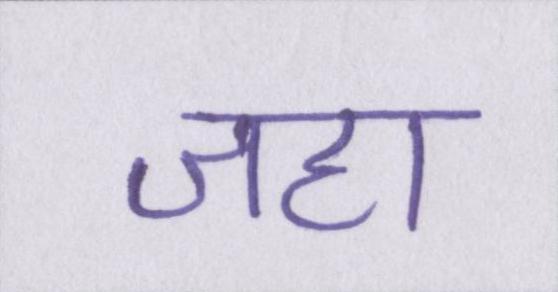
जहा